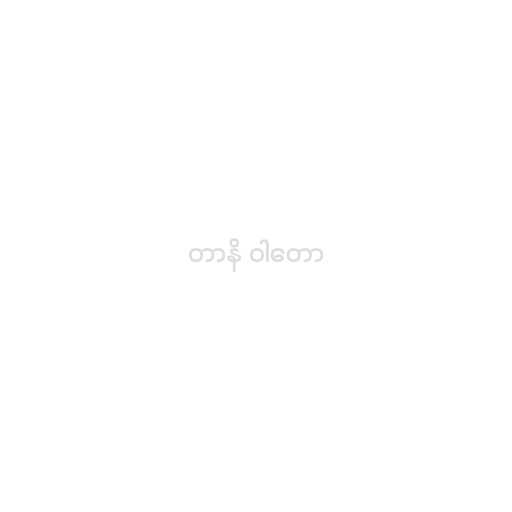
တာနိ ဝါတော